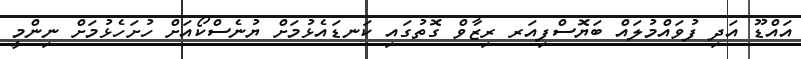
އައްޑޫ އަދި ފުވައްމުލައް ބަޔޮސްފިއަރ ރިޒާވް ގޮތުގައި ކަނޑައެޅުމަށް ޔުނެސްކޯއަށް ހުށަހެޅުމަށް ނިންމީ